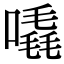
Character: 𠽶